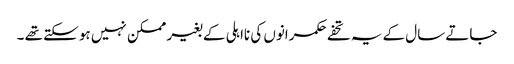
جاتے سال کے یہ تحفے حکمرانوں کی نااہلی کے بغیر ممکن نہیں ہو سکتے تھے ۔